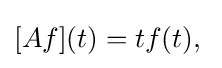
[Af](t)=tf(t),\;